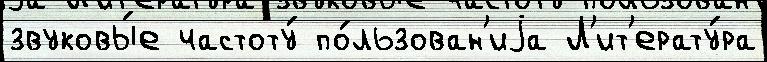
звуковы́е частоту́ по́льзован'иjа Л'ит'ерату́ра